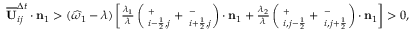
\begin{array} { r } { \overline { { \mathbf { U } } } _ { i j } ^ { \Delta t } \cdot \mathbf { n } _ { 1 } > ( \widehat { \omega } _ { 1 } - \lambda ) \left[ \frac { \lambda _ { 1 } } { \lambda } \left( { \bf \Pi } _ { i - \frac { 1 } { 2 } , j } ^ { + } + { \bf \Pi } _ { i + \frac { 1 } { 2 } , j } ^ { - } \right) \cdot \mathbf { n } _ { 1 } + \frac { \lambda _ { 2 } } { \lambda } \left( { \bf \Pi } _ { i , j - \frac { 1 } { 2 } } ^ { + } + { \bf \Pi } _ { i , j + \frac { 1 } { 2 } } ^ { - } \right) \cdot \mathbf { n } _ { 1 } \right] > 0 , } \end{array}